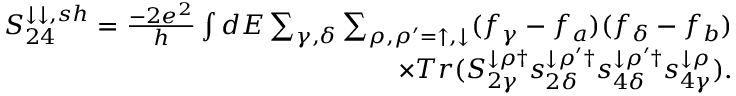
\begin{array} { r } { { S _ { 2 4 } ^ { \downarrow \downarrow , s h } = \frac { - 2 e ^ { 2 } } { h } \int d E \sum _ { \gamma , \delta } \sum _ { \rho , \rho ^ { \prime } = \uparrow , \downarrow } ( f _ { \gamma } - f _ { a } ) ( f _ { \delta } - f _ { b } ) } } \\ { { \times T r ( S _ { 2 \gamma } ^ { \downarrow \rho \dagger } s _ { 2 \delta } ^ { \downarrow \rho ^ { \prime } \dagger } s _ { 4 \delta } ^ { \downarrow \rho ^ { \prime } \dagger } s _ { 4 \gamma } ^ { \downarrow \rho } ) } . } \end{array}